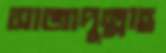
সাজাদুল্লাহ